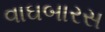
વાઘબારસ